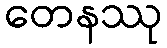
တေနဿု